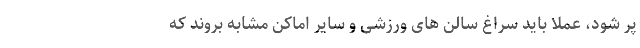
پر شود، عملا باید سراغ سالن های ورزشی و سایر اماکن مشابه بروند که